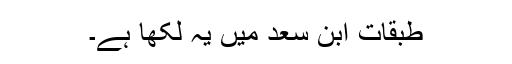
طبقات ابن سعد میں یہ لکھا ہے۔